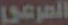
المرعي